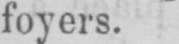
foyers.